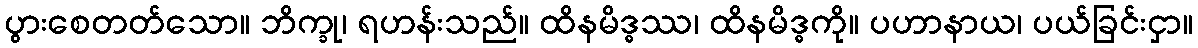
ပွားစေတတ်သော။ ဘိက္ခု၊ ရဟန်းသည်။ ထိနမိဒ္ဓဿ၊ ထိနမိဒ္ဓကို။ ပဟာနာယ၊ ပယ်ခြင်းငှာ။